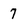
Character: 7